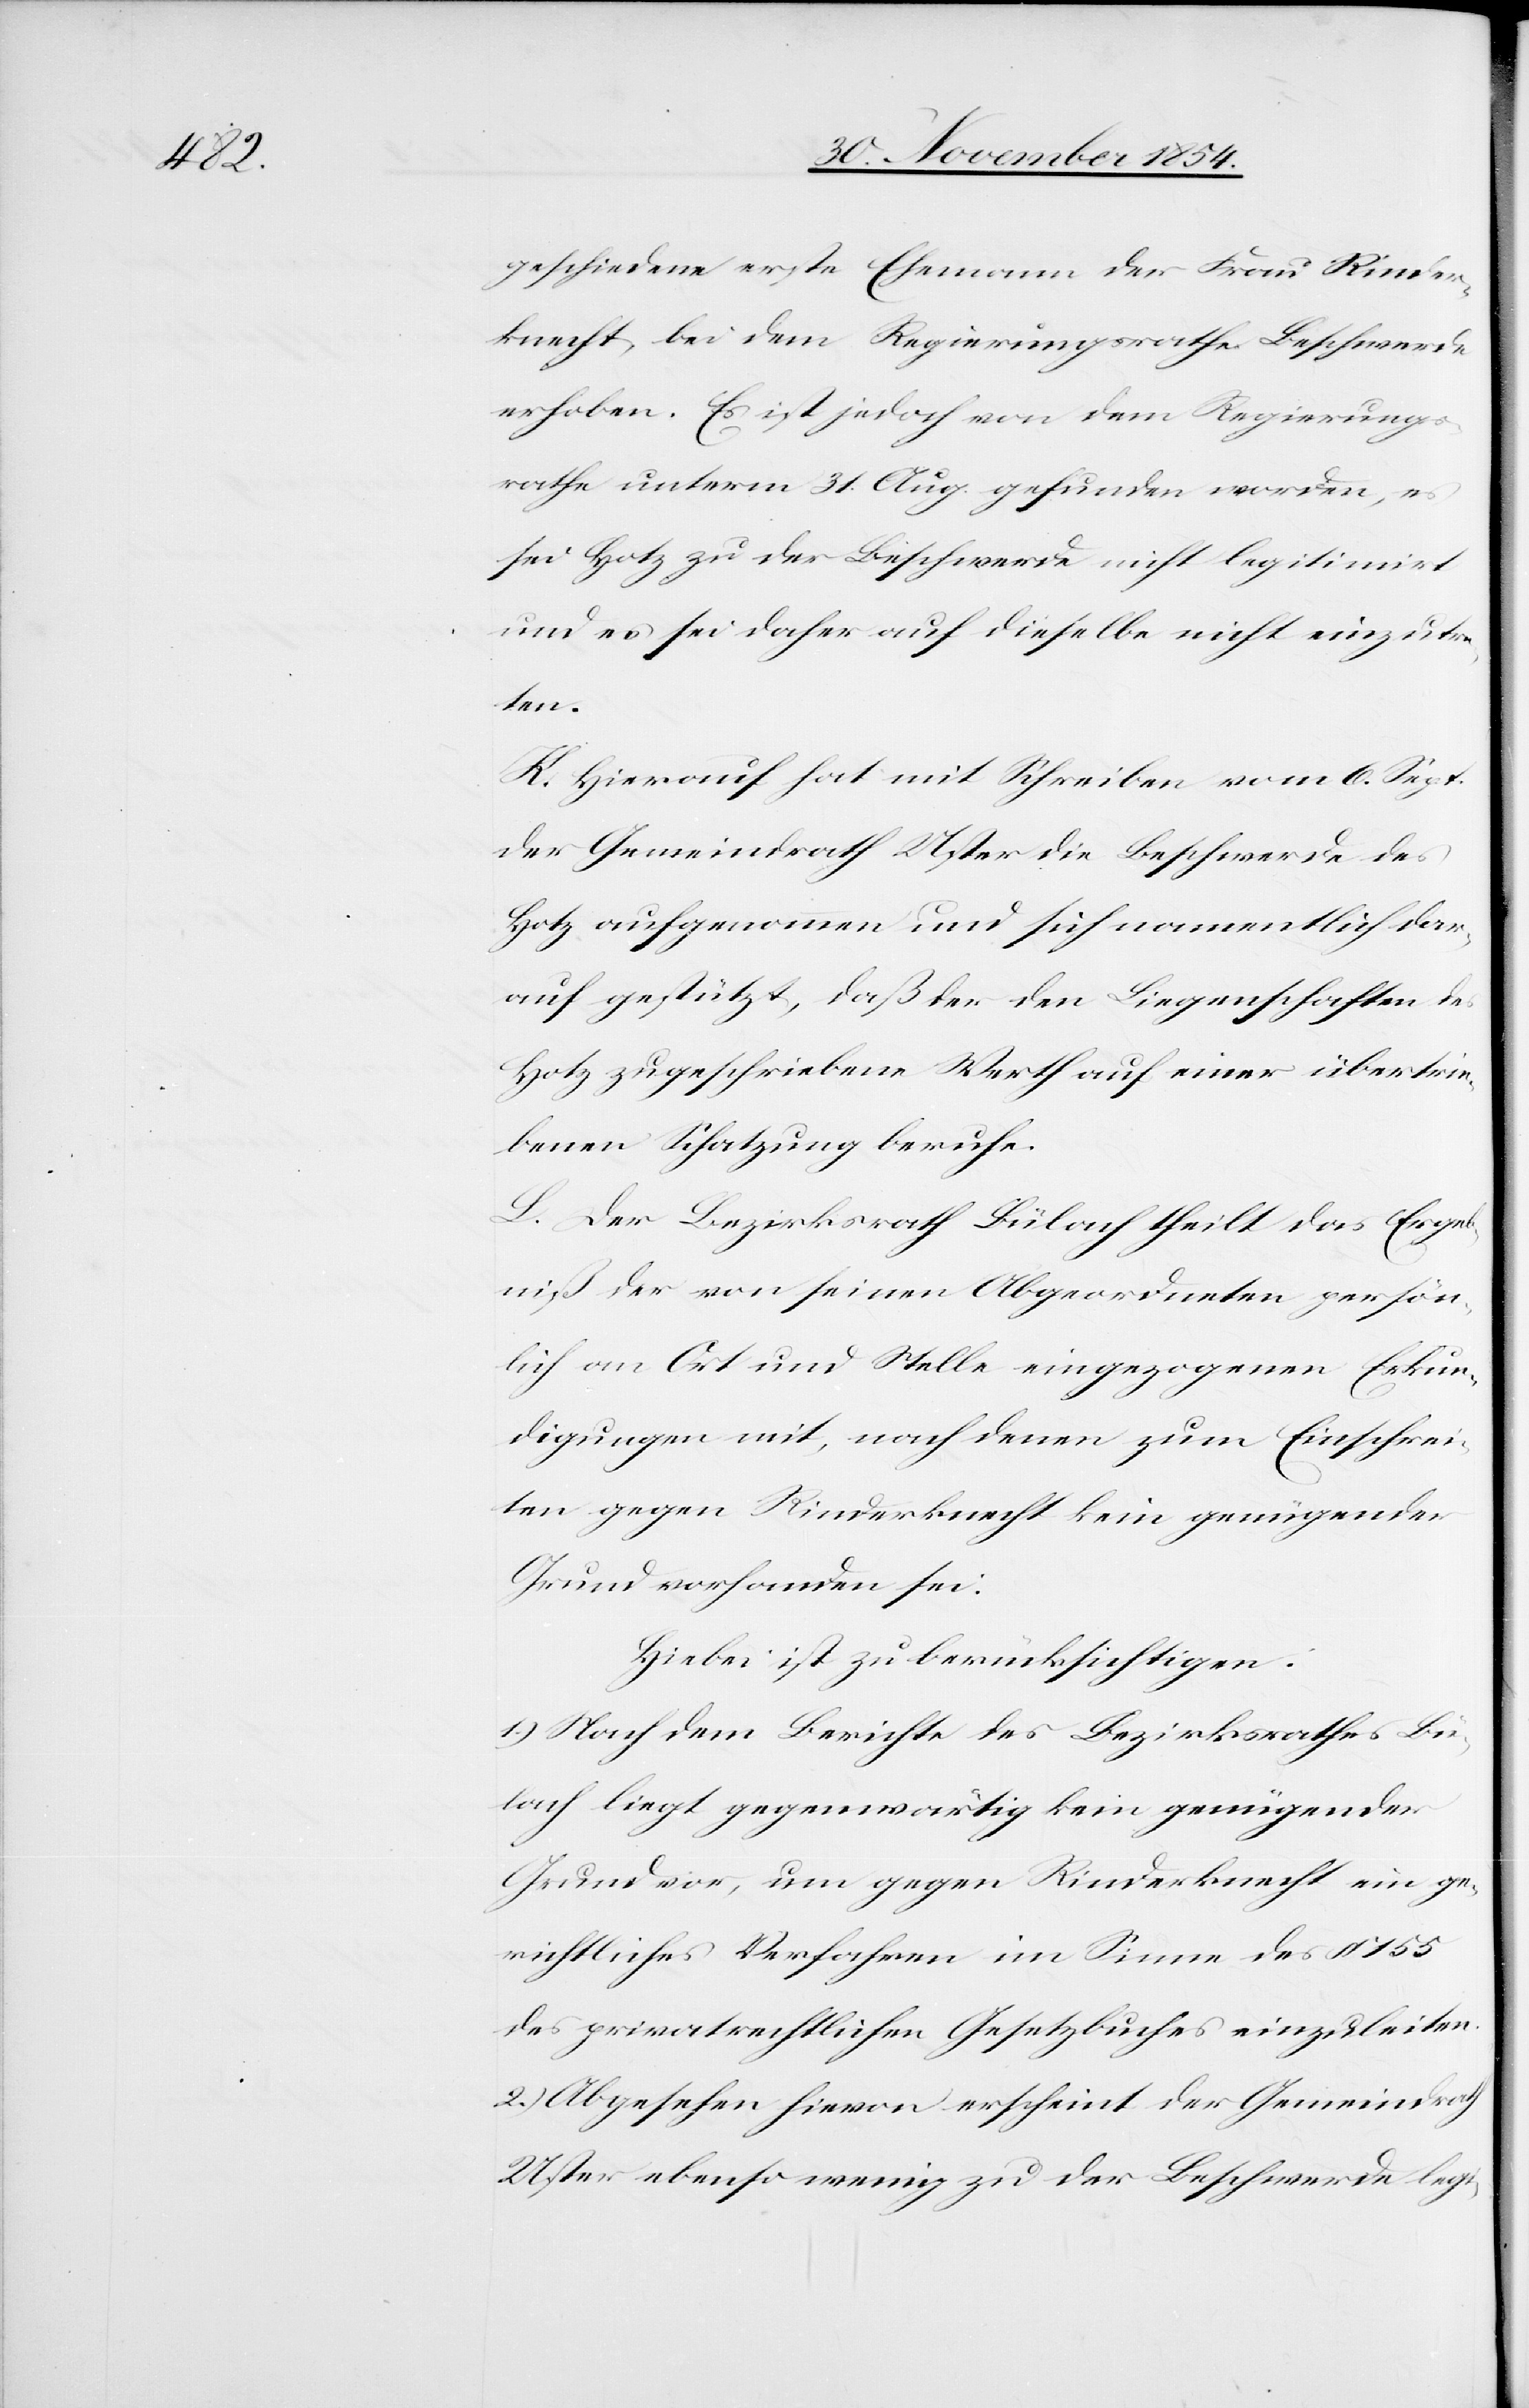
geschiedene erste Ehemann der Frau Rinder¬
knecht, bei dem Regierungsrathe Beschwerde
erhoben. Es ist jedoch von dem Regierungs¬
rathe unterm 31. Aug. gefunden worden, es
sei Hotz zu der Beschwerde nicht legitimirt
und es sei daher auf dieselbe nicht einzutre¬
ten.
K. Hierauf hat mit Schreiben vom 6. Sept.
der Gemeindrath Uster die Beschwerde des
Hotz aufgenommen und sich namentlich dar¬
auf gestützt, daß der den Liegenschaften des
Hotz zugeschriebene Werth auf einer übertrie¬
benen Schatzung beruhe.
L. Der Bezirksrath Bülach theilt das Ergeb¬
niß der von seinen Abgeordneten persön¬
lich an Ort und Stelle eingezogenen Erkun¬
digungen mit, nach denen zum Einschrei¬
ten gegen Rinderknecht kein genügender
Grund vorhanden sei.
Hiebei ist zu berücksichtigen:
1.) Nach dem Berichte des Bezirksrathes Bü¬
lach liegt gegenwärtig kein genügender
Grund vor, um gegen Rinderknecht ein ge¬
richtliches Verfahren im Sinne des § 155
des privatrechtlichen Gesetzbuches einzuleiten.
2.) Abgesehen hievon erscheint der Gemeindrath
Uster ebenso wenig zu der Beschwerde legi-